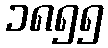
၁၈၅၅